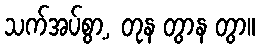
သက်အပ်စွာ့, တုန တွာန တွာ။